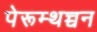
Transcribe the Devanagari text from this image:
पेरूम्थच्चन